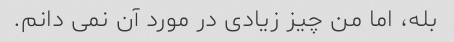
بله، اما من چیز زیادی در مورد آن نمی دانم.